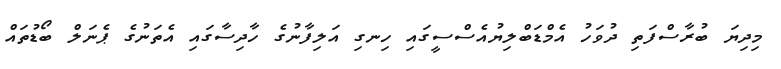
މިދިޔަ ބުރާސްފަތި ދުވަހު އެމްޑަބްލިޔުއެސްސީގައި ހިނގި އަލިފާނުގެ ހާދިސާގައި އެތަނުގެ ޕެނަލް ބޯޑުތައް